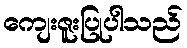
ကျေးဇူးပြုပါသည်